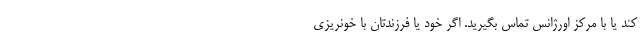
کند یا با مرکز اورژانس تماس بگیرید. اگر خود یا فرزندتان با خونریزی